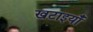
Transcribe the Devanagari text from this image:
खटाइयाँ